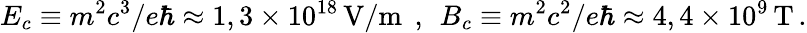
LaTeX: E_{c}\equiv m^{2}c^{3}/e\hbar\approx 1,3\times 10^{18}\, \textrm{V/m}\; \, ,\; \, B_{c}\equiv m^{2}c^{2}/e\hbar\approx 4,4\times 10^{9}\, \textrm{T}\, .